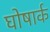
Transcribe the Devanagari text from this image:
घोषार्क